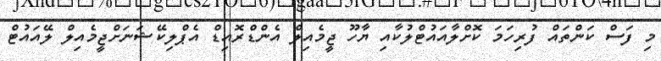
މި ފަސް ކަންތައް ފުރިހަމަ ކޮށްލާއައުޓްލުކާއި ޔާހޫ ޖީމެއިލް އެންޑްރޮއިޑް އެޕްލިކޭޝަނަށްޖީމެއިލް ލޭއައުޓް